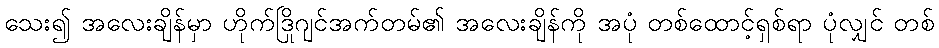
သေး၍ အလေးချိန်မှာ ဟိုက်ဒြိုဂျင်အက်တမ်၏ အလေးချိန်ကို အပုံ တစ်ထောင့်ရှစ်ရာ ပုံလျှင် တစ်